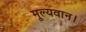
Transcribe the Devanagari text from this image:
मूल्यवान।